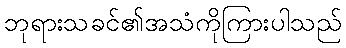
ဘုရားသခင်၏အသံကိုကြားပါသည်